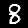
Digit: 8